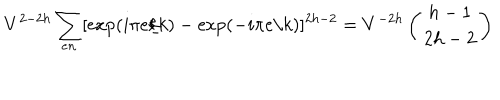
LaTeX: V ^ { 2 - 2 h } \sum _ { e n } [ \mathrm { e x p } ( i \pi e / k ) - \mathrm { e x p } ( - i \pi e / k ) ] ^ { 2 h - 2 } = V ^ { - 2 h } \left( \begin{array} { c } { { h - 1 } } \\ { { 2 h - 2 } } \\ \end{array} \right)